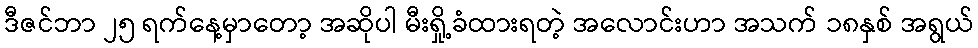
ဒီဇင်ဘာ ၂၅ ရက်နေ့မှာတော့ အဆိုပါ မီးရှို့ခံထားရတဲ့ အလောင်းဟာ အသက် ၁၈နှစ် အရွယ်